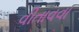
વીતાવવા